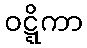
ဝဋ္ဋိကာ